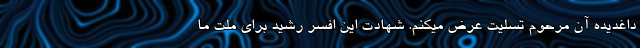
داغدیده آن مرحوم تسلیت عرض میکنم. شهادت این افسر رشید برای ملت ما